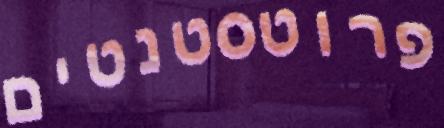
פרוטסטנטים